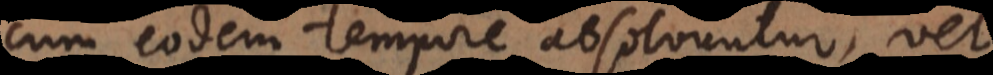
cum eodem tempore absolvuntur, vel